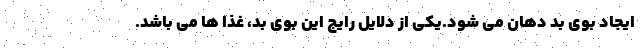
ایجاد بوی بد دهان می شود.یکی از دلایل رایج این بوی بد، غذا ها می باشد.